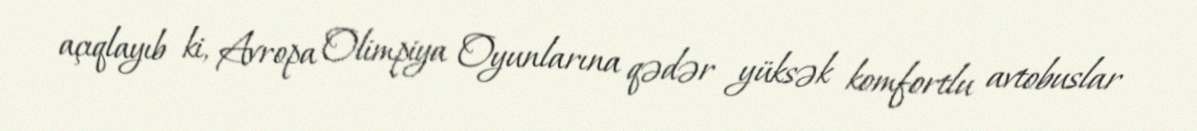
açıqlayıb ki, Avropa Olimpiya Oyunlarına qədər yüksək komfortlu avtobuslar